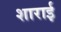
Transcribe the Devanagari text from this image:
शाराई